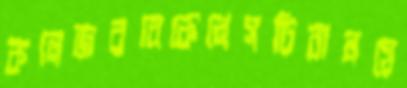
কলেজরবেকেলেসচিবালয়ে